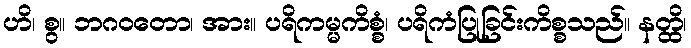
ဟိ၊ စွ။ ဘဂဝတော၊ အား။ ပရိကမ္မကိစ္စံ၊ ပရိကံပြုခြင်းကိစ္စသည်။ နတ္ထိ၊